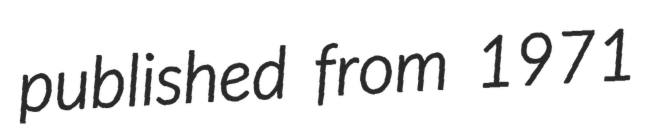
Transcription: published from 1971